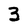
Character: 3